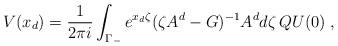
LaTeX: \begin{align*} V(x_d) = \frac{1}{2\pi i} \int_{\Gamma_-} e^{x_d \zeta}(\zeta A^d - G)^{-1} A^d d\zeta\, QU(0)\;,\end{align*}